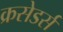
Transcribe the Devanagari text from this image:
क्रसेडर्स